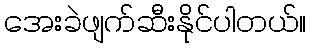
အေးခဲဖျက်ဆီးနိုင်ပါတယ်။